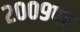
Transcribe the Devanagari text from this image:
२००९पर